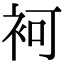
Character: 袔